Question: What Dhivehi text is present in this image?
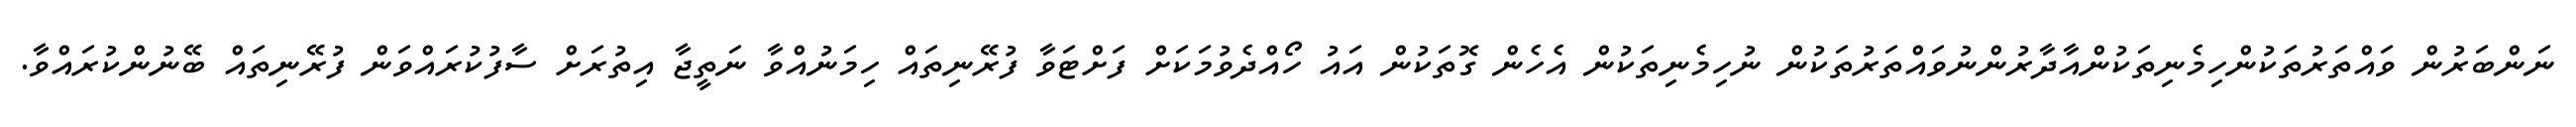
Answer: ނަންބަރުން ވައްތަރުތަކުންހިމެނިތަކުންއާދާރުންނުވައްތަރުތަކުން ނުހިމެނިތަކުން އެހެން ގޮތަކުން އައު ހޯއްދެވުމަކަށް ފަށްޓަވާ ފުރޭނިތައް ހިމަނުއްވާ ނަތީޖާ އިތުރަށް ސާފުކުރައްވަން ފުރޭނިތައް ބޭނުންކުރައްވާ.